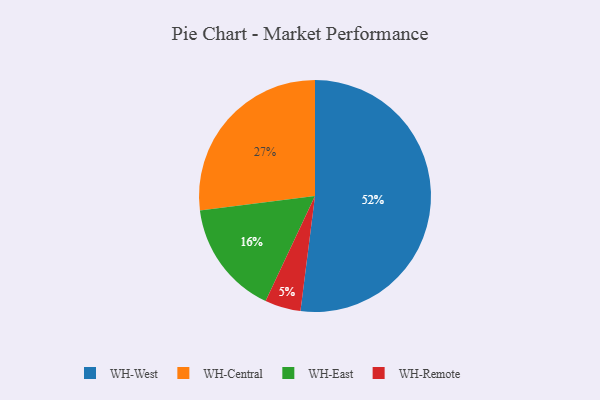
{"axis": {"x": "Category", "y": "Percentage"}, "legend": ["WH-Central", "WH-East", "WH-Remote", "WH-West"], "data": [{"x": "WH-Remote", "y": 5, "type": "WH-Remote"}, {"x": "WH-East", "y": 16, "type": "WH-East"}, {"x": "WH-West", "y": 52, "type": "WH-West"}, {"x": "WH-Central", "y": 27, "type": "WH-Central"}]}